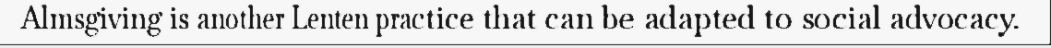
Almsgiving is another Lenten practice that can be adapted to social advocacy.